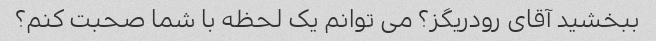
ببخشید آقای رودریگز؟ می توانم یک لحظه با شما صحبت کنم؟